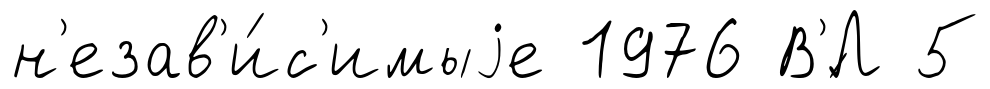
н'езав'и́с'имыjе 1976 В'́Л 5